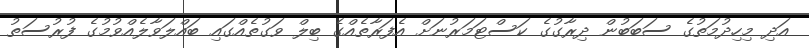
އަދި މިހިދުމަތުގެ ސަބަބުން ދިރާގުގެ ކަސްޓަމަރުނަށް އެފަރާތެއްގެ ބިލް ވަގުތެއްގައި ބައްލަވާލެއްވުމުގެ ފުރުސަތު